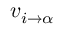
v _ { i \to \alpha }